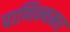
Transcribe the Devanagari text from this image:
पाणिन्यमर